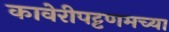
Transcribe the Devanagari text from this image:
कावेरीपट्टणमच्या